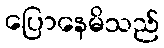
ပြောနေမိသည်